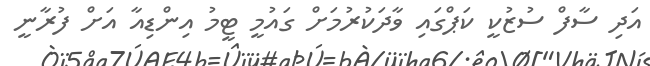
އަދި ސާފް ސުޒުކީ ކަޕްގައި ވާދަކުރުމަށް ގައުމީ ޓީމު އިންޑިއާ އަށް ފުރާނީ